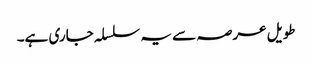
طویل عرصہ سے یہ سلسلہ جاری ہے۔